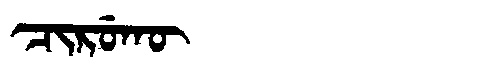
Manchu: ᠴᡳᡵᡠᡴᡡ
Romanization: CIRUKŪ